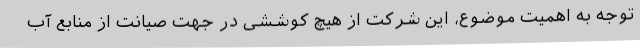
توجه به اهمیت موضوع، این شرکت از هیچ کوششی در جهت صیانت از منابع آب